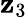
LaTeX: \mathbf{z}_{3}